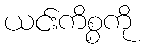
ယင်းကိစ္စကို